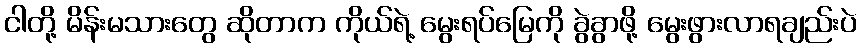
ငါတို့ မိန်းမသားတွေ ဆိုတာက ကိုယ်ရဲ့ မွေးရပ်မြေကို ခွဲခွာဖို့ မွေးဖွားလာရချည်းပဲ